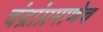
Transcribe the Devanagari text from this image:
चंद्रांप्रमाणेच